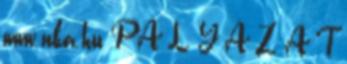
www.nka.hu P Á L Y Á Z A T